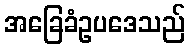
အခြေခံဥပဒေသည်